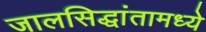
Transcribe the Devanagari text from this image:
जालसिद्धांतामध्ये